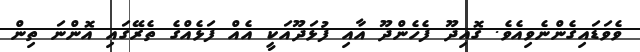
ވެވަޑައިގެންނެވިއެވެ. ގޮއިދޫ ފެހެންދޫ އާއި ފުޅަދޫއަކީ އެއް ފަޅެއްގެ ތެރޭގައި އޮންނަ ތިން